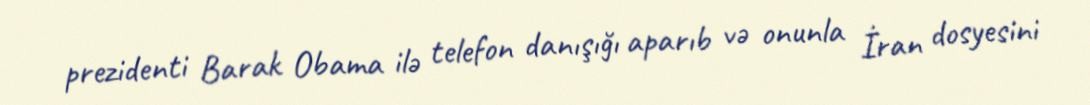
prezidenti Barak Obama ilə telefon danışığı aparıb və onunla İran dosyesini